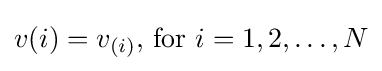
v(i)=v_{(i)}{\text{, for }}i=1,2,\ldots ,N